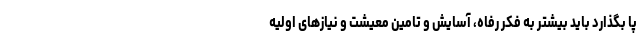
پا بگذارد باید بیشتر به فکر رفاه، آسایش و تامین معیشت و نیازهای اولیه